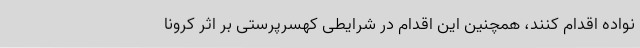
نواده‌ اقدام کنند، همچنین این اقدام در شرایطی کهسرپرستی بر اثر کرونا